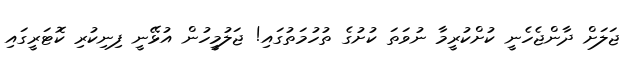
ޖަލަށް ދާންޖެހެނީ ކުށްކުރީމާ ނުވަތަ ކުށުގެ ތުހުމަތުގައި! ޖަލުމީހުން އުޅޭނީ ފިނިކުރި ކޮޓަރީގައި